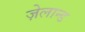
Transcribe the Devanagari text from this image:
ज़ेलान्ड